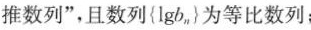
推数列”，且数列{lgb_n}为等比数列；